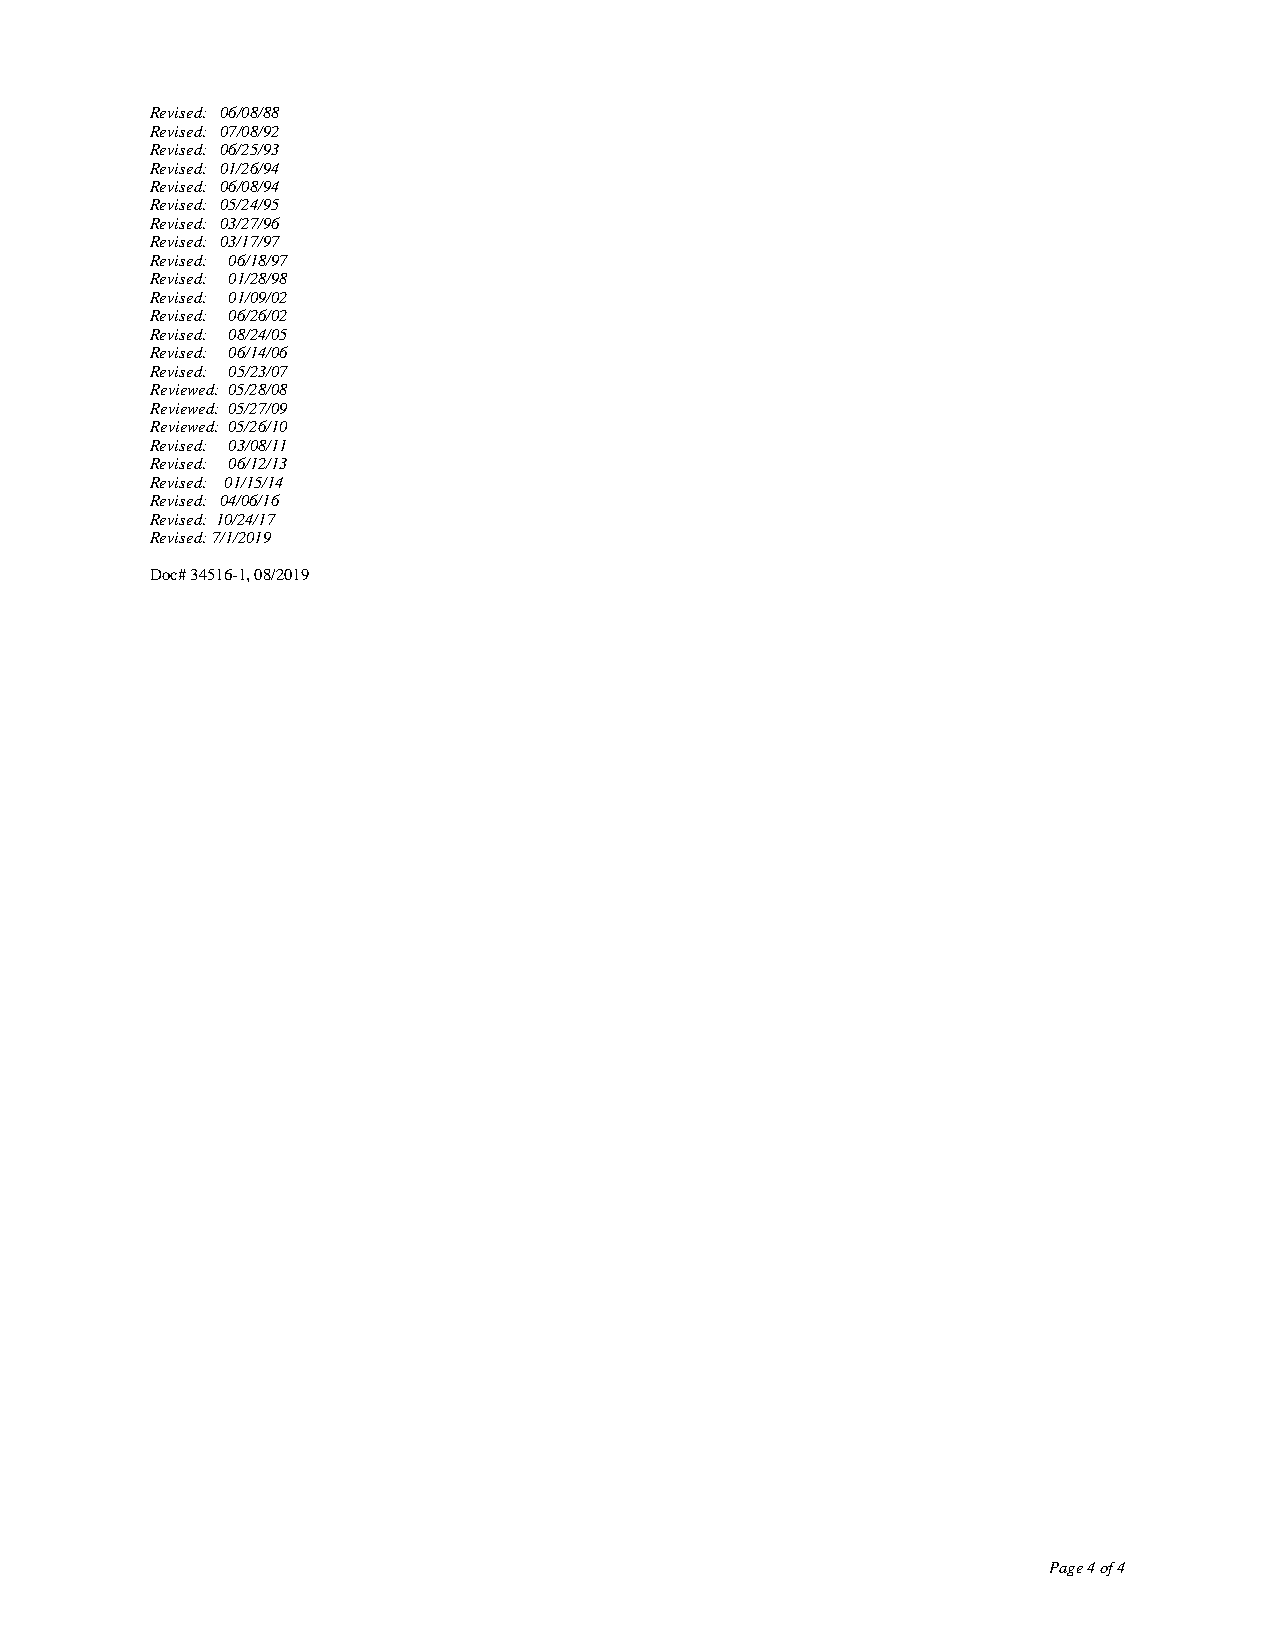
Revised: 06/08/88
 Revised: 07/08/92
 Revised: 06/25/93
 Revised: 01/26/94
 Revised: 06/08/94
 Revised: 05/24/95
 Revised: 03/27/96
 Revised: 03/17/97
 Revised: 06/18/97
 Revised: 01/28/98
 Revised: 01/09/02
 Revised: 06/26/02
 Revised: 08/24/05
 Revised: 06/14/06
 Revised: 05/23/07
 Reviewed: 05/28/08
 Reviewed: 05/27/09
 Reviewed: 05/26/10
 Revised: 03/08/11
 Revised: 06/12/13
 Revised: 01/15/14
 Revised: 04/06/16
 Revised: 10/24/17
 Revised: 7/1/2019
 Doc# 34516-1, 08/2019
 Page 4 of 4